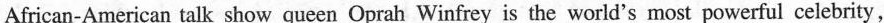
African-American talk show queen Oprah Winfrey is the world's most powerful celebrity,